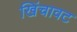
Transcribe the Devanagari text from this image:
खिंचावट